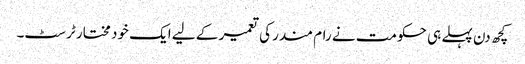
کچھ دن پہلے ہی حکومت نے رام مندر کی تعمیر کے لیے ایک خود مختار ٹرسٹ۔